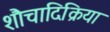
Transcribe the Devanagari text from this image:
शौचादिक्रिया